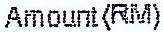
AMOUNT(RM)